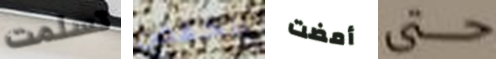
تسلمت انخفض أمضت حتى